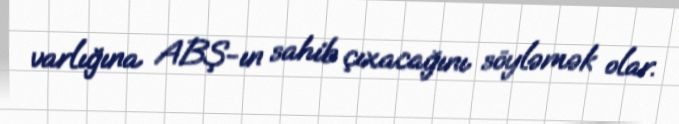
varlığına ABŞ-ın sahib çıxacağını söyləmək olar.